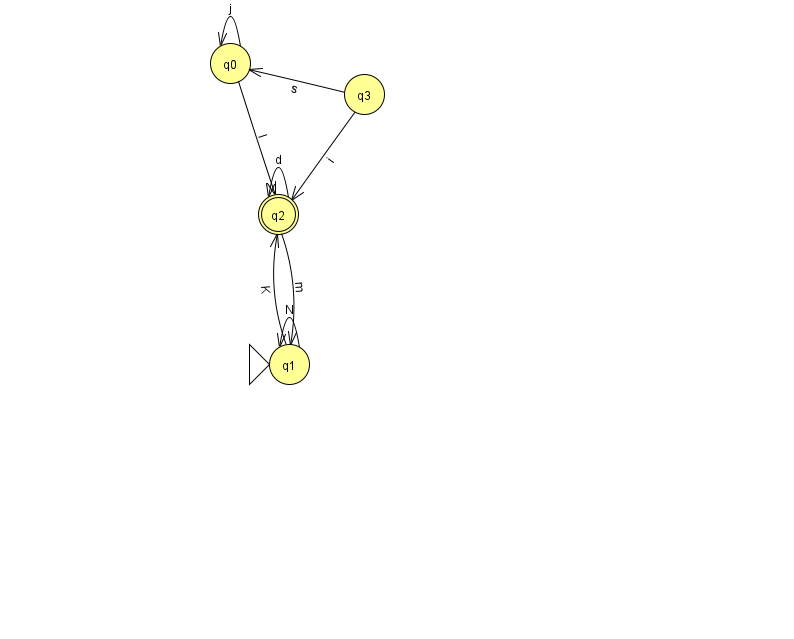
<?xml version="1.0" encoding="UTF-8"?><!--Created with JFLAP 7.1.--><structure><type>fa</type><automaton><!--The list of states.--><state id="0" name="q0"><x>230.0</x><y>50.0</y></state><state id="1" name="q1"><x>289.0</x><y>351.0</y><initial/></state><state id="2" name="q2"><x>278.0</x><y>201.0</y><final/></state><state id="3" name="q3"><x>364.0</x><y>81.0</y></state><!--The list of transitions.--><transition><from>1</from><to>2</to><read>K</read></transition><transition><from>2</from><to>2</to><read>d</read></transition><transition><from>2</from><to>1</to><read>m</read></transition><transition><from>3</from><to>2</to><read>i</read></transition><transition><from>0</from><to>2</to><read>l</read></transition><transition><from>3</from><to>0</to><read>s</read></transition><transition><from>0</from><to>0</to><read>j</read></transition><transition><from>1</from><to>1</to><read>N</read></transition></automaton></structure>